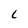
Character: L